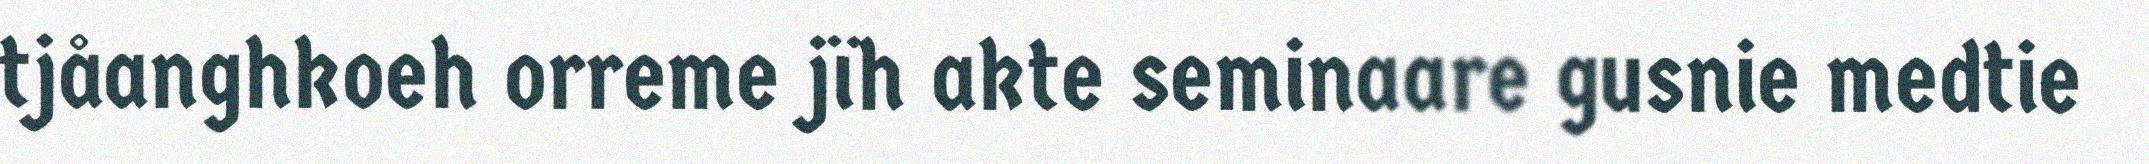
tjåanghkoeh orreme jïh akte seminaare gusnie medtie